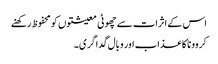
اس کے اثرات سے چھوٹی معیشتوں کو محفوظ رکھنے
کروونا کا عذاب اور وبال گداگری ۔